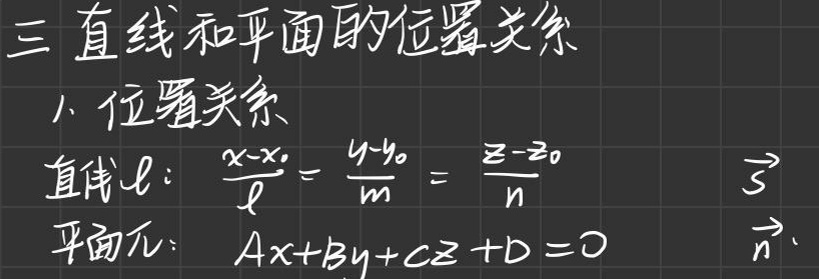
\begin{array}{l}
二、直线和平面的位置关系\\
1、位置关系\\
直线\(l:\frac{x - x_0}{l}=\frac{y - y_0}{m}=\frac{z - z_0}{n}\quad\vec{s}\)\\
平面\(\pi:Ax + By + Cz + D = 0\quad\vec{n}\)
\end{array}